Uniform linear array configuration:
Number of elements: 32
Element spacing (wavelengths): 0.75
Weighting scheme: kaiser
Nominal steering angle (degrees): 0
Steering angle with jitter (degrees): -0.5896
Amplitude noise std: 0.05
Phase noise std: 0.05

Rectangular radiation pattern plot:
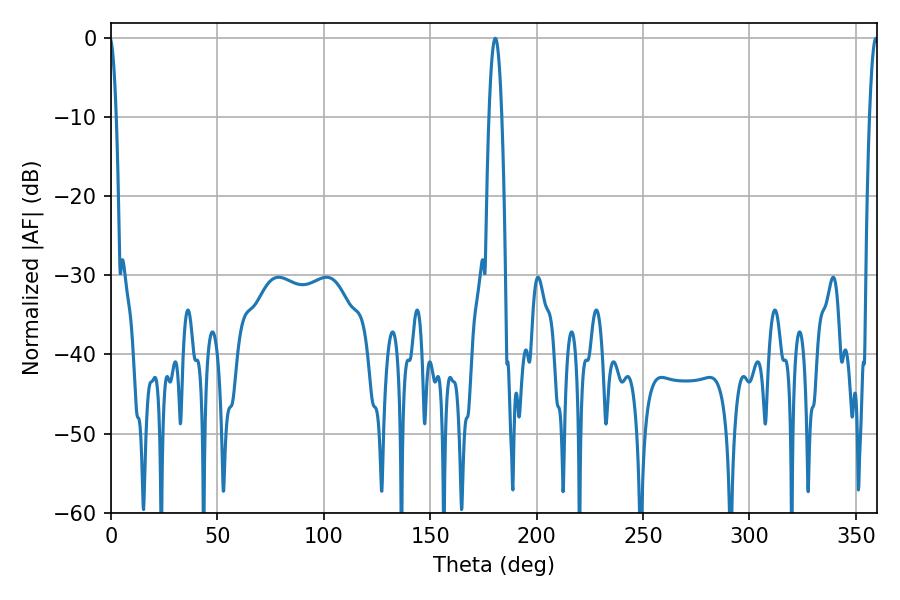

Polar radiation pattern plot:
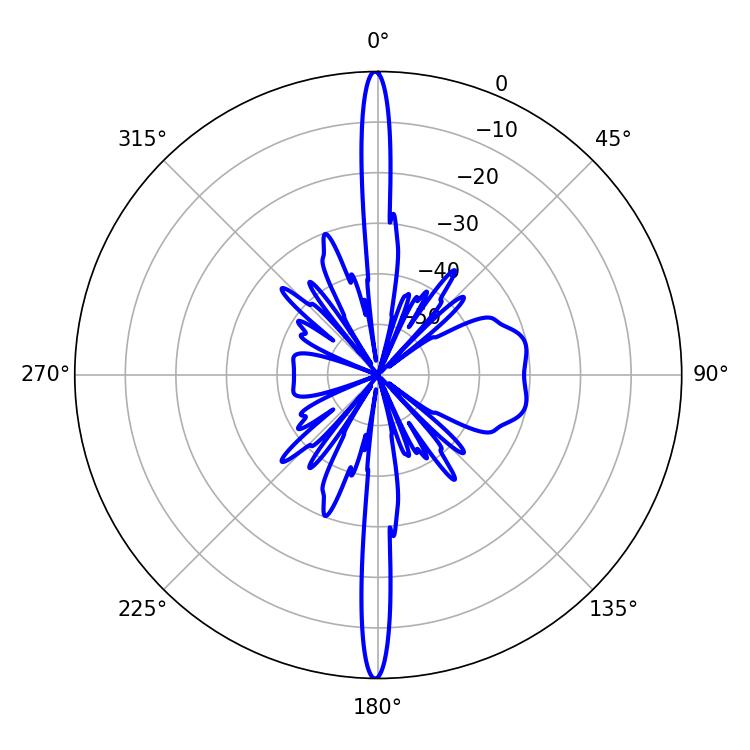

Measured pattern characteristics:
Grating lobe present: TRUE
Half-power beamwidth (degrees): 3.24
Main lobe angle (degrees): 180.54